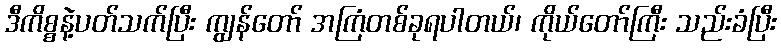
ဒီကိစ္စနဲ့ပတ်သက်ပြီး ကျွန်တော် အကြံတစ်ခုရပါတယ်၊ ကိုယ်တော်ကြီး သည်းခံပြီး